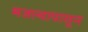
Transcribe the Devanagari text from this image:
मजल्यापासून